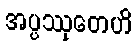
အပ္ပဿုတေဟိ